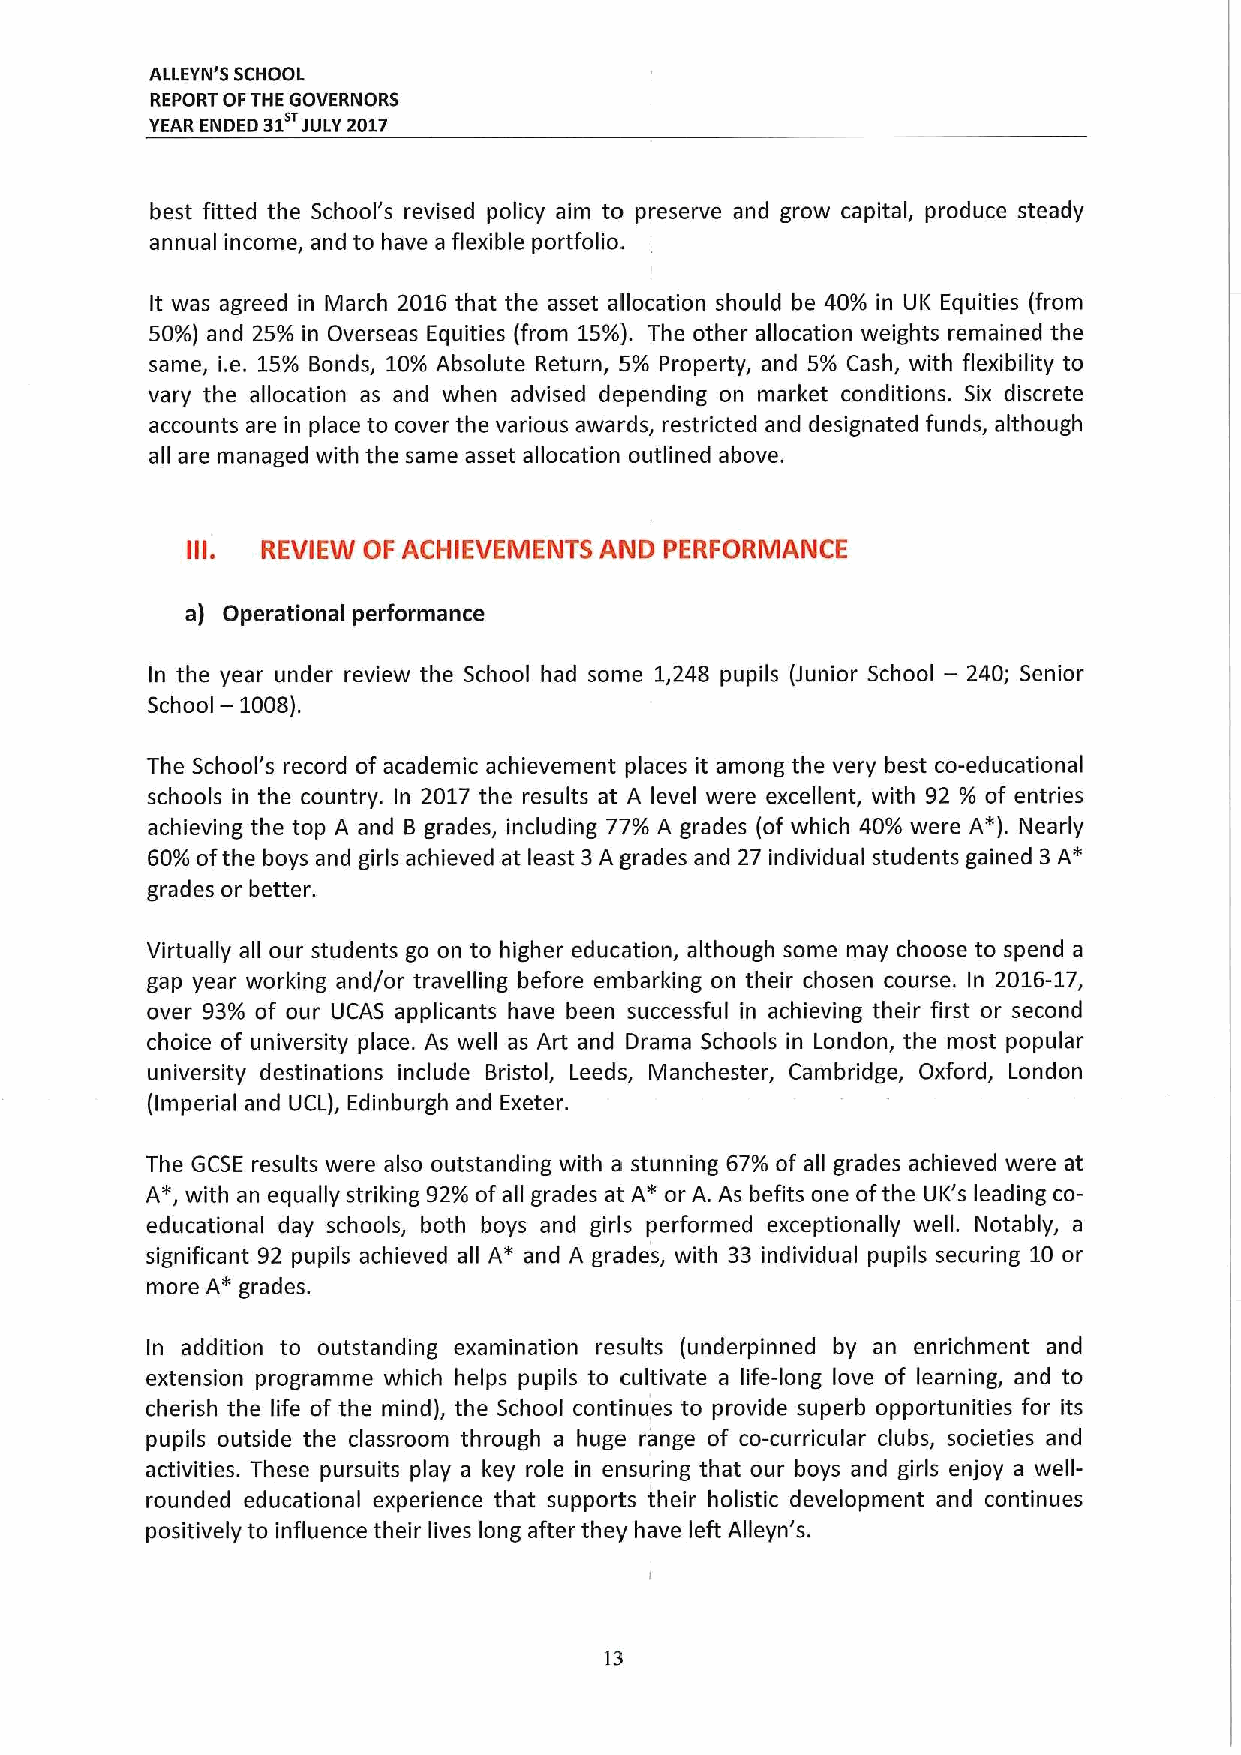
ALLEYN'S SCHOOL
 REPORT OFTHE GOVERNORS
 YEAR ENDED 31 JULY2017
 best fitted the School's revised policy aim to preserve and grow capital, produce steady
 annual income, and to have a flexible portfolio.
 It was agreed in March 2016 that the asset allocation should be 40/0 in UK Equities (from
 50/0) and 25/0 in Overseas Equities (from 15/0). The other allocation weights remained the
 same, i.e. 15/0 Bonds, 10/0 Absolute Return, 5% Property, and 5/0 Cash, with flexibility to
 vary the allocation as and when advised depending on market conditions. Six discrete
 accounts are in place to cover the various awards, restricted and designated funds, although
 all are managed with the same asset allocation outlined above.
 III. REVIEW OF ACHIEVEMENTS AND PERFORMANCE
 a) Operational performance
 —
 In the year under review the School had some 1,248 pupils (Junior School 240; Senior
 —
 School 1008).
 The School's record of academic achievement places it among the very best co-educational
 schools in the country. In 2017 the results at A level were excellent, with 92 /0 of entries
 achieving the top A and B grades, including 77% A grades (of which 40% were A*). Nearly
 60/0 ofthe boys and girls achieved at least 3A grades and 27 individual students gained 3A*
 grades or better.
 Virtually all our students go on to higher education, although some may choose to spend a
 gap year working and/or travelling before embarking on their chosen course. In 2016-17,
 over 93% of our UCAS applicants have been successful in achieving their first or second
 choice of university place. As well as Art and Drama Schools in London, the most popular
 university destinations include Bristol, Leeds, Manchester, Cambridge, Oxford, London
 (Imperial and UCL), Edinburgh and Exeter.
 The GCSE results were also outstanding with a stunning 67/o of all grades achieved were at
 A*, with an equally striking 92/0 ofall grades at A* or A. As befits one ofthe UK's leading co-
 educational day schools, both boys and girls performed exceptionally well. Notably, a
 significant 92 pupils achieved all A* and A grades, with 33 individual pupils securing 10 or
 more A*grades.
 In addition to outstanding examination results (underpinned by an enrichment and
 extension programme which helps pupils to cultivate a life-long love of learning, and to
 cherish the life of the mind), the School continues to provide superb opportunities for its
 pupils outside the classroom through a huge range of co-curricular clubs, societies and
 activities. These pursuits play a key role in ensuring that our boys and girls enjoy a well-
 rounded educational experience that supports their holistic development and continues
 positively to influence their lives long after they have left Alleyn's.